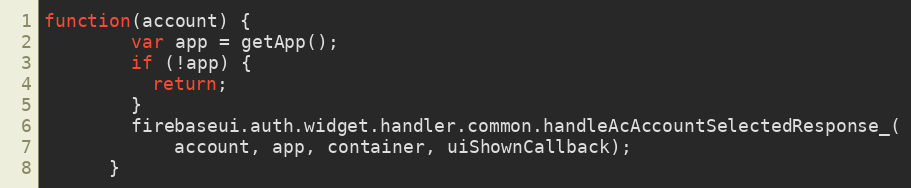
Language: JavaScript
function(account) {
        var app = getApp();
        if (!app) {
          return;
        }
        firebaseui.auth.widget.handler.common.handleAcAccountSelectedResponse_(
            account, app, container, uiShownCallback);
      }